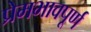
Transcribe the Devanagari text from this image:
प्रेमभावपूर्ण